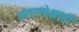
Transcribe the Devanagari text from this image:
अंतरापेक्षाही